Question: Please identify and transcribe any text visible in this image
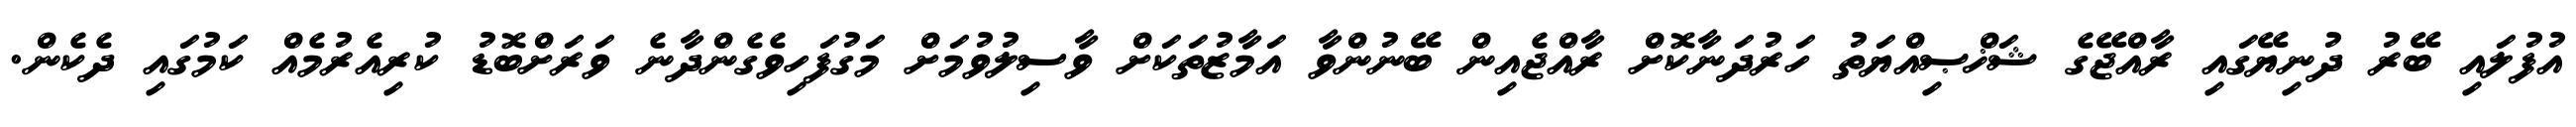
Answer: އުފުލައި ބޭރު ދުނިޔޭގައި ރާއްޖޭގެ ޝަޚްޞިއްޔަތު ހަރުދަނާކޮށް ރާއްޖެއިން ބޭނުންވާ އަމާޒުތަކަށް ވާސިލުވުމަށް މަގުފަހިވެގެންދާނެ ވަރަށްބޮޑު ކުރިއެރުމެއް ކަމުގައި ދެކެން.